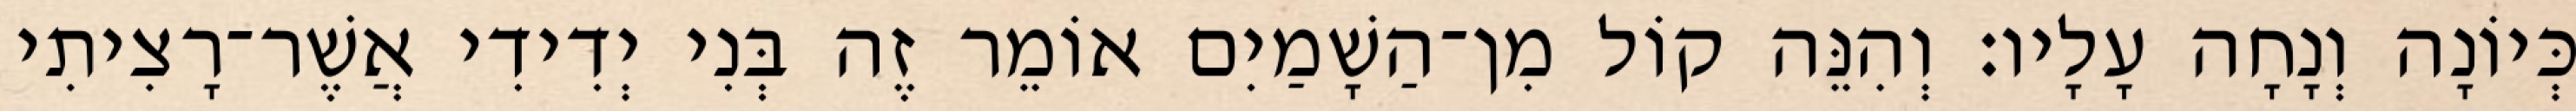
כְּיוֹנָה וְנָחָה עָלָיו׃ וְהִנֵּה קוֹל מִן־הַשָׁמַיִם אוֹמֵר זֶה בְּנִי יְדִידִי אֲשֶׁר־רָצִיתִי